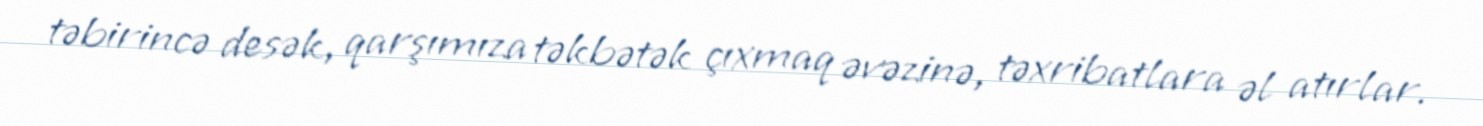
təbirincə desək, qarşımıza təkbətək çıxmaq əvəzinə, təxribatlara əl atırlar.